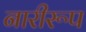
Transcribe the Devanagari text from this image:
नारीरूप